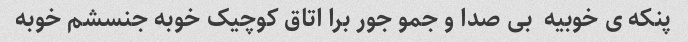
پنکه ی خوبیه  بی صدا و جمو جور برا اتاق کوچیک خوبه جنسشم خوبه